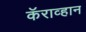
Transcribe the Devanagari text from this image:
कॅराव्हान